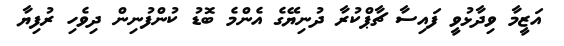
އަޒީމާ ވިދާޅުވީ ފައިސާ ޗާޕްކުރާ ދުނިޔޭގެ އެންމެ ބޮޑު ކުންފުނިން ދިވެހި ރުފިޔާ